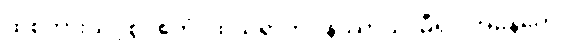
ထိုစကားသင့်စွ။ ဧတံ၊ ထိုသုရာကို။ နိဿာယ၊ မှီ၍။ အနေကေ၊